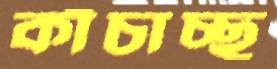
কাঁচাচ্ছ